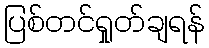
ပြစ်တင်ရှုတ်ချရန်